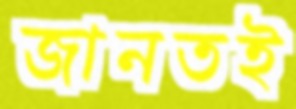
জানতই